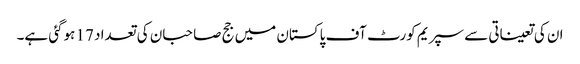
ان کی تعیناتی سے سپریم کورٹ آف پاکستان میں جج صاحبان کی تعداد 17 ہوگئی ہے۔